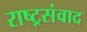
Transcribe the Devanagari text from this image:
राष्ट्रसंवाद